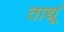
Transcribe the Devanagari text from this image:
तार्द्यू